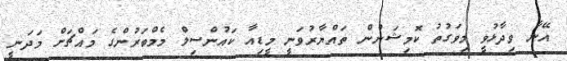
އޭނާ ވިދާޅުވީ މިވަގުތު ކޮމިޝަނުން ތައްޔާރުވަނީ މީޑިއާ ކައުންސިލް މެމްބަރުންގެ މައްޗަށް މަދަނީ